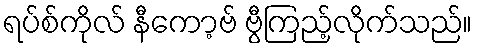
ရပ်စ်ကိုလ် နီကော့ဗ် ဗွီကြည့်လိုက်သည်။